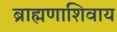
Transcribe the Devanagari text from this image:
ब्राह्मणाशिवाय